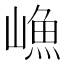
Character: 𱜊